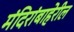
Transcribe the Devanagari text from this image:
मंदिरांबाहेरील